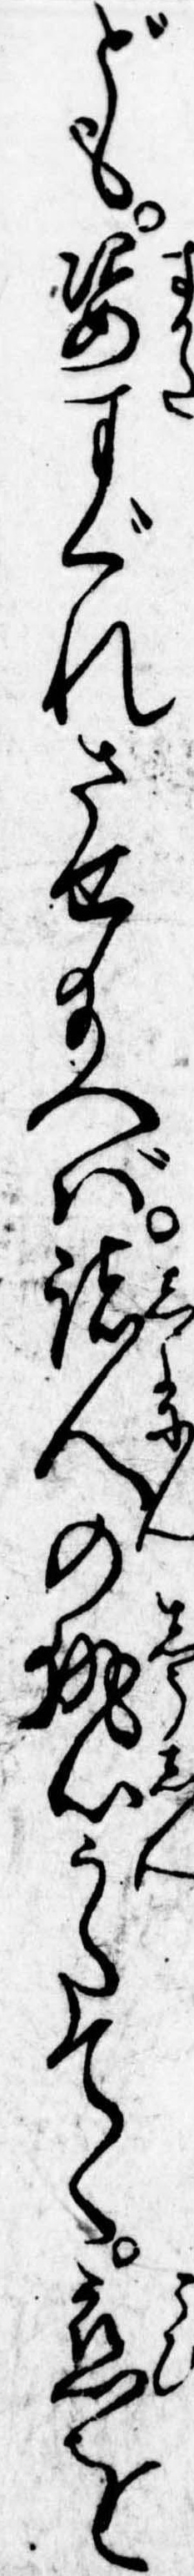
ども姿すぐれさせ給へば諸人の執心うたてく恋を